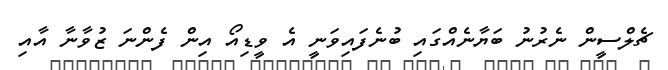
ޗެލްސީން ނެރުނު ބަޔާނެއްގައި ބުނެފައިވަނީ އެ ވީޑިއޯ އިން ފެންނަ ޒުވާނާ އާއި